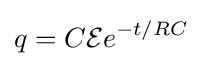
q=C{\mathcal {E}}e^{-t/RC}\,\!